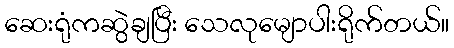
ဆေးရုံကဆွဲချပြီး သေလုမျောပါးရိုက်တယ်။